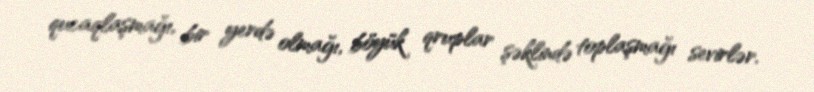
qucaqlaşmağı, bir yerdə olmağı, böyük qruplar şəklində toplaşmağı sevirlər.